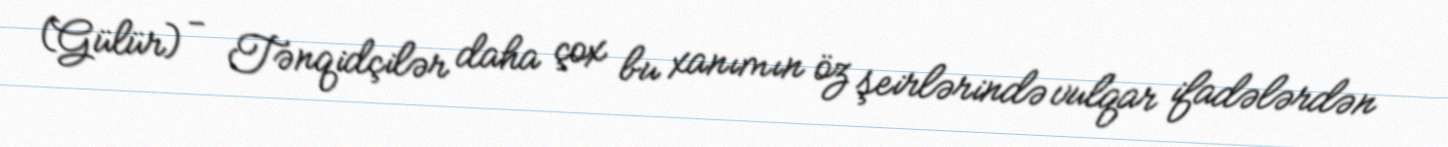
(Gülür) - Tənqidçilər daha çox bu xanımın öz şeirlərində vulqar ifadələrdən